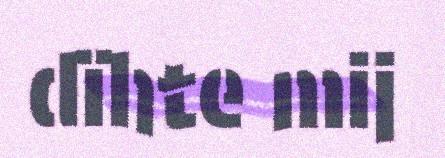
dïhte mij